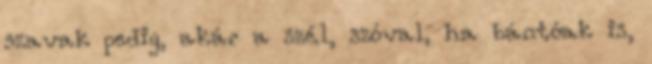
szavak pedig, akár a szél, szóval, ha bántóak is,